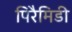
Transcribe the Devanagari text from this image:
पिरैमिडी